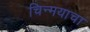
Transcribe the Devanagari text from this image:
चिन्मयाचा